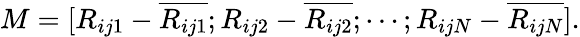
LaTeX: M=[R_{ij1}-\overline{{R_{ij1}}};R_{ij2}-\overline{{R_{ij2}}};\cdots;R_{ijN}-\overline{{R_{ijN}}}].